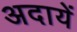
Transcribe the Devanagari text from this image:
अदायें